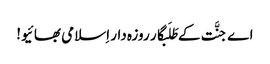
اے جنَّت کے طَلَبگار روزہ دار اِسلامی بھائیو!